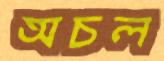
অচল